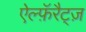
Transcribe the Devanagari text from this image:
ऐल्फ़ॅरैट्ज़